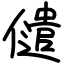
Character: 儙